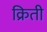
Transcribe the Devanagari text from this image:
क्रिती